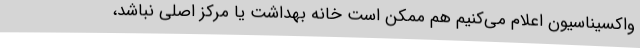
واکسیناسیون اعلام می‌کنیم هم ممکن است خانه بهداشت یا مرکز اصلی نباشد،